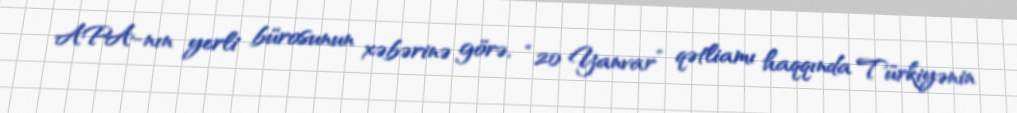
APA-nın yerli bürosunun xəbərinə görə, “20 Yanvar” qətliamı haqqında Türkiyənin